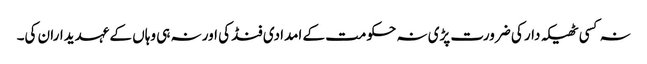
نہ کسی ٹھیکہ دار کی ضرورت پڑی نہ حکومت کے امدادی فنڈ کی اور نہ ہی وہاں کے عہدیداران کی۔